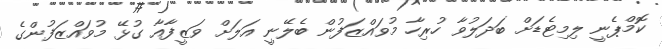
ކޮމްޕެނީ ލިމިޓެޑަށް ބަދަލުވާ ހުރިހާ މުވައްޒަފުން ބެލޭނީ އަލަށް ވަޒީފާއާ ގުޅޭ މުވައްޒަފުންގެ